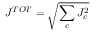
J ^ { T O T } = \sqrt { \sum _ { c } J _ { c } ^ { 2 } }